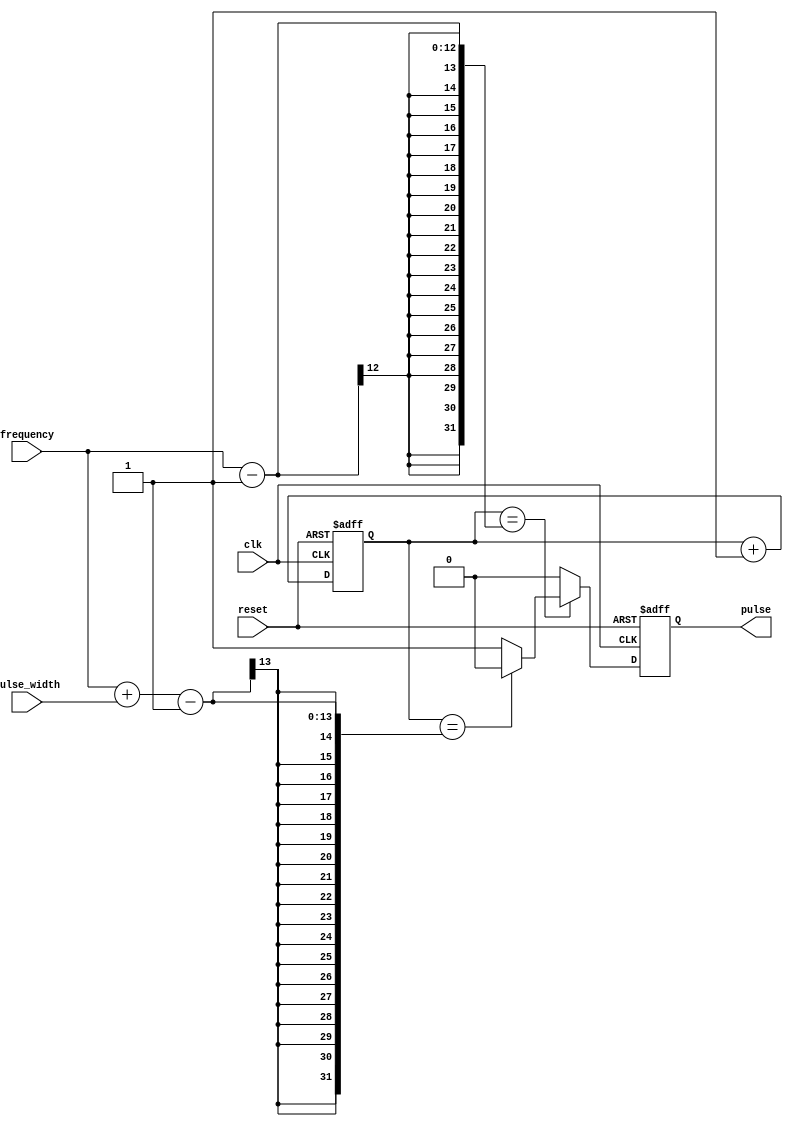
module SimplePulseGenerator (
    input wire clk, // External clock signal
    input wire reset, // Reset signal
    input wire [7:0] pulse_width, // Pulse width parameter
    input wire [11:0] frequency, // Frequency parameter
    output reg pulse // Generated pulse signal
);

reg [11:0] counter;

always @ (posedge clk or posedge reset) begin
    if (reset) begin
        counter <= 0;
        pulse <= 0;
    end else begin
        if (counter == (frequency - 1)) begin
            pulse <= 1;
            if (counter == (frequency + pulse_width - 1)) begin
                pulse <= 0;
            end
        end else begin
            pulse <= 0;
        end
        counter <= counter + 1;
    end
end

endmodule